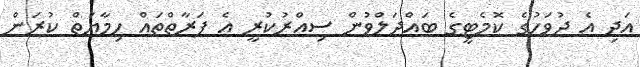
އަދި އެ ދުވަހުގެ ކޮމެޓީގެ ބައްދަލްވުން ސިއްރުކުރީ އެ ފަރާތްތައް ހިމާޔަތް ކުރަން